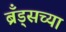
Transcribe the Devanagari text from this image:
ब्रँड्सच्या